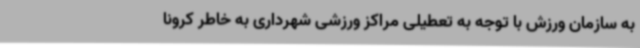
به سازمان ورزش با توجه به تعطیلی مراکز ورزشی شهرداری به خاطر کرونا